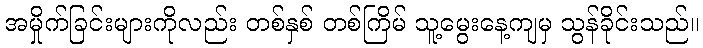
အမှိုက်ခြင်းများကိုလည်း တစ်နှစ် တစ်ကြိမ် သူ့မွေးနေ့ကျမှ သွန်ခိုင်းသည်။